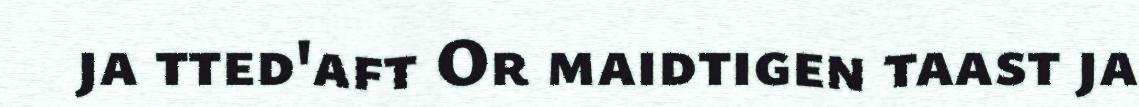
ja tted'aft Or maidtigen taast ja